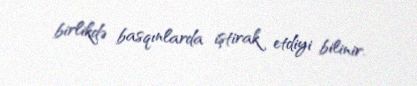
birlikdə basqınlarda iştirak etdiyi bilinir.